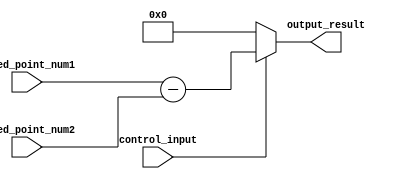
module fixed_point_subtractor (
    input signed [15:0] fixed_point_num1, // Input for the first fixed-point number
    input signed [15:0] fixed_point_num2, // Input for the second fixed-point number
    input wire control_input, // Control input to select the operation (subtraction)
    output reg signed [15:0] output_result // Output for the result of subtraction in fixed-point format
);

always @* begin
    if (control_input) begin
        output_result = fixed_point_num1 - fixed_point_num2; // Perform subtraction operation
    end
    else begin
        output_result = 16'b0; // Output zero if control input is not enabled
    end
end

endmodule